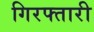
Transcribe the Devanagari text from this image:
गिरफ्तारी